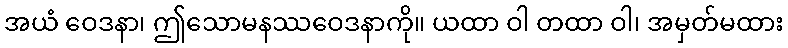
အယံ ဝေဒနာ၊ ဤသောမနဿဝေဒနာကို။ ယထာ ဝါ တထာ ဝါ၊ အမှတ်မထား